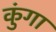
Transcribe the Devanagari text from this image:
कुंगा